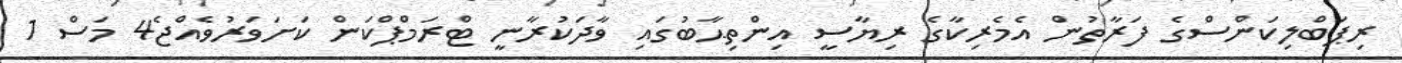
ރިޕަބްލިކަންސްގެ ފަރާތުން އެމެރިކާގެ ރިޔާސީ އިންތިޙާބުގައި ވާދަކުރާނީ ޓްރަމްޕްކަން ކަށަވަރުވެއްޖެ4 މަސް 1